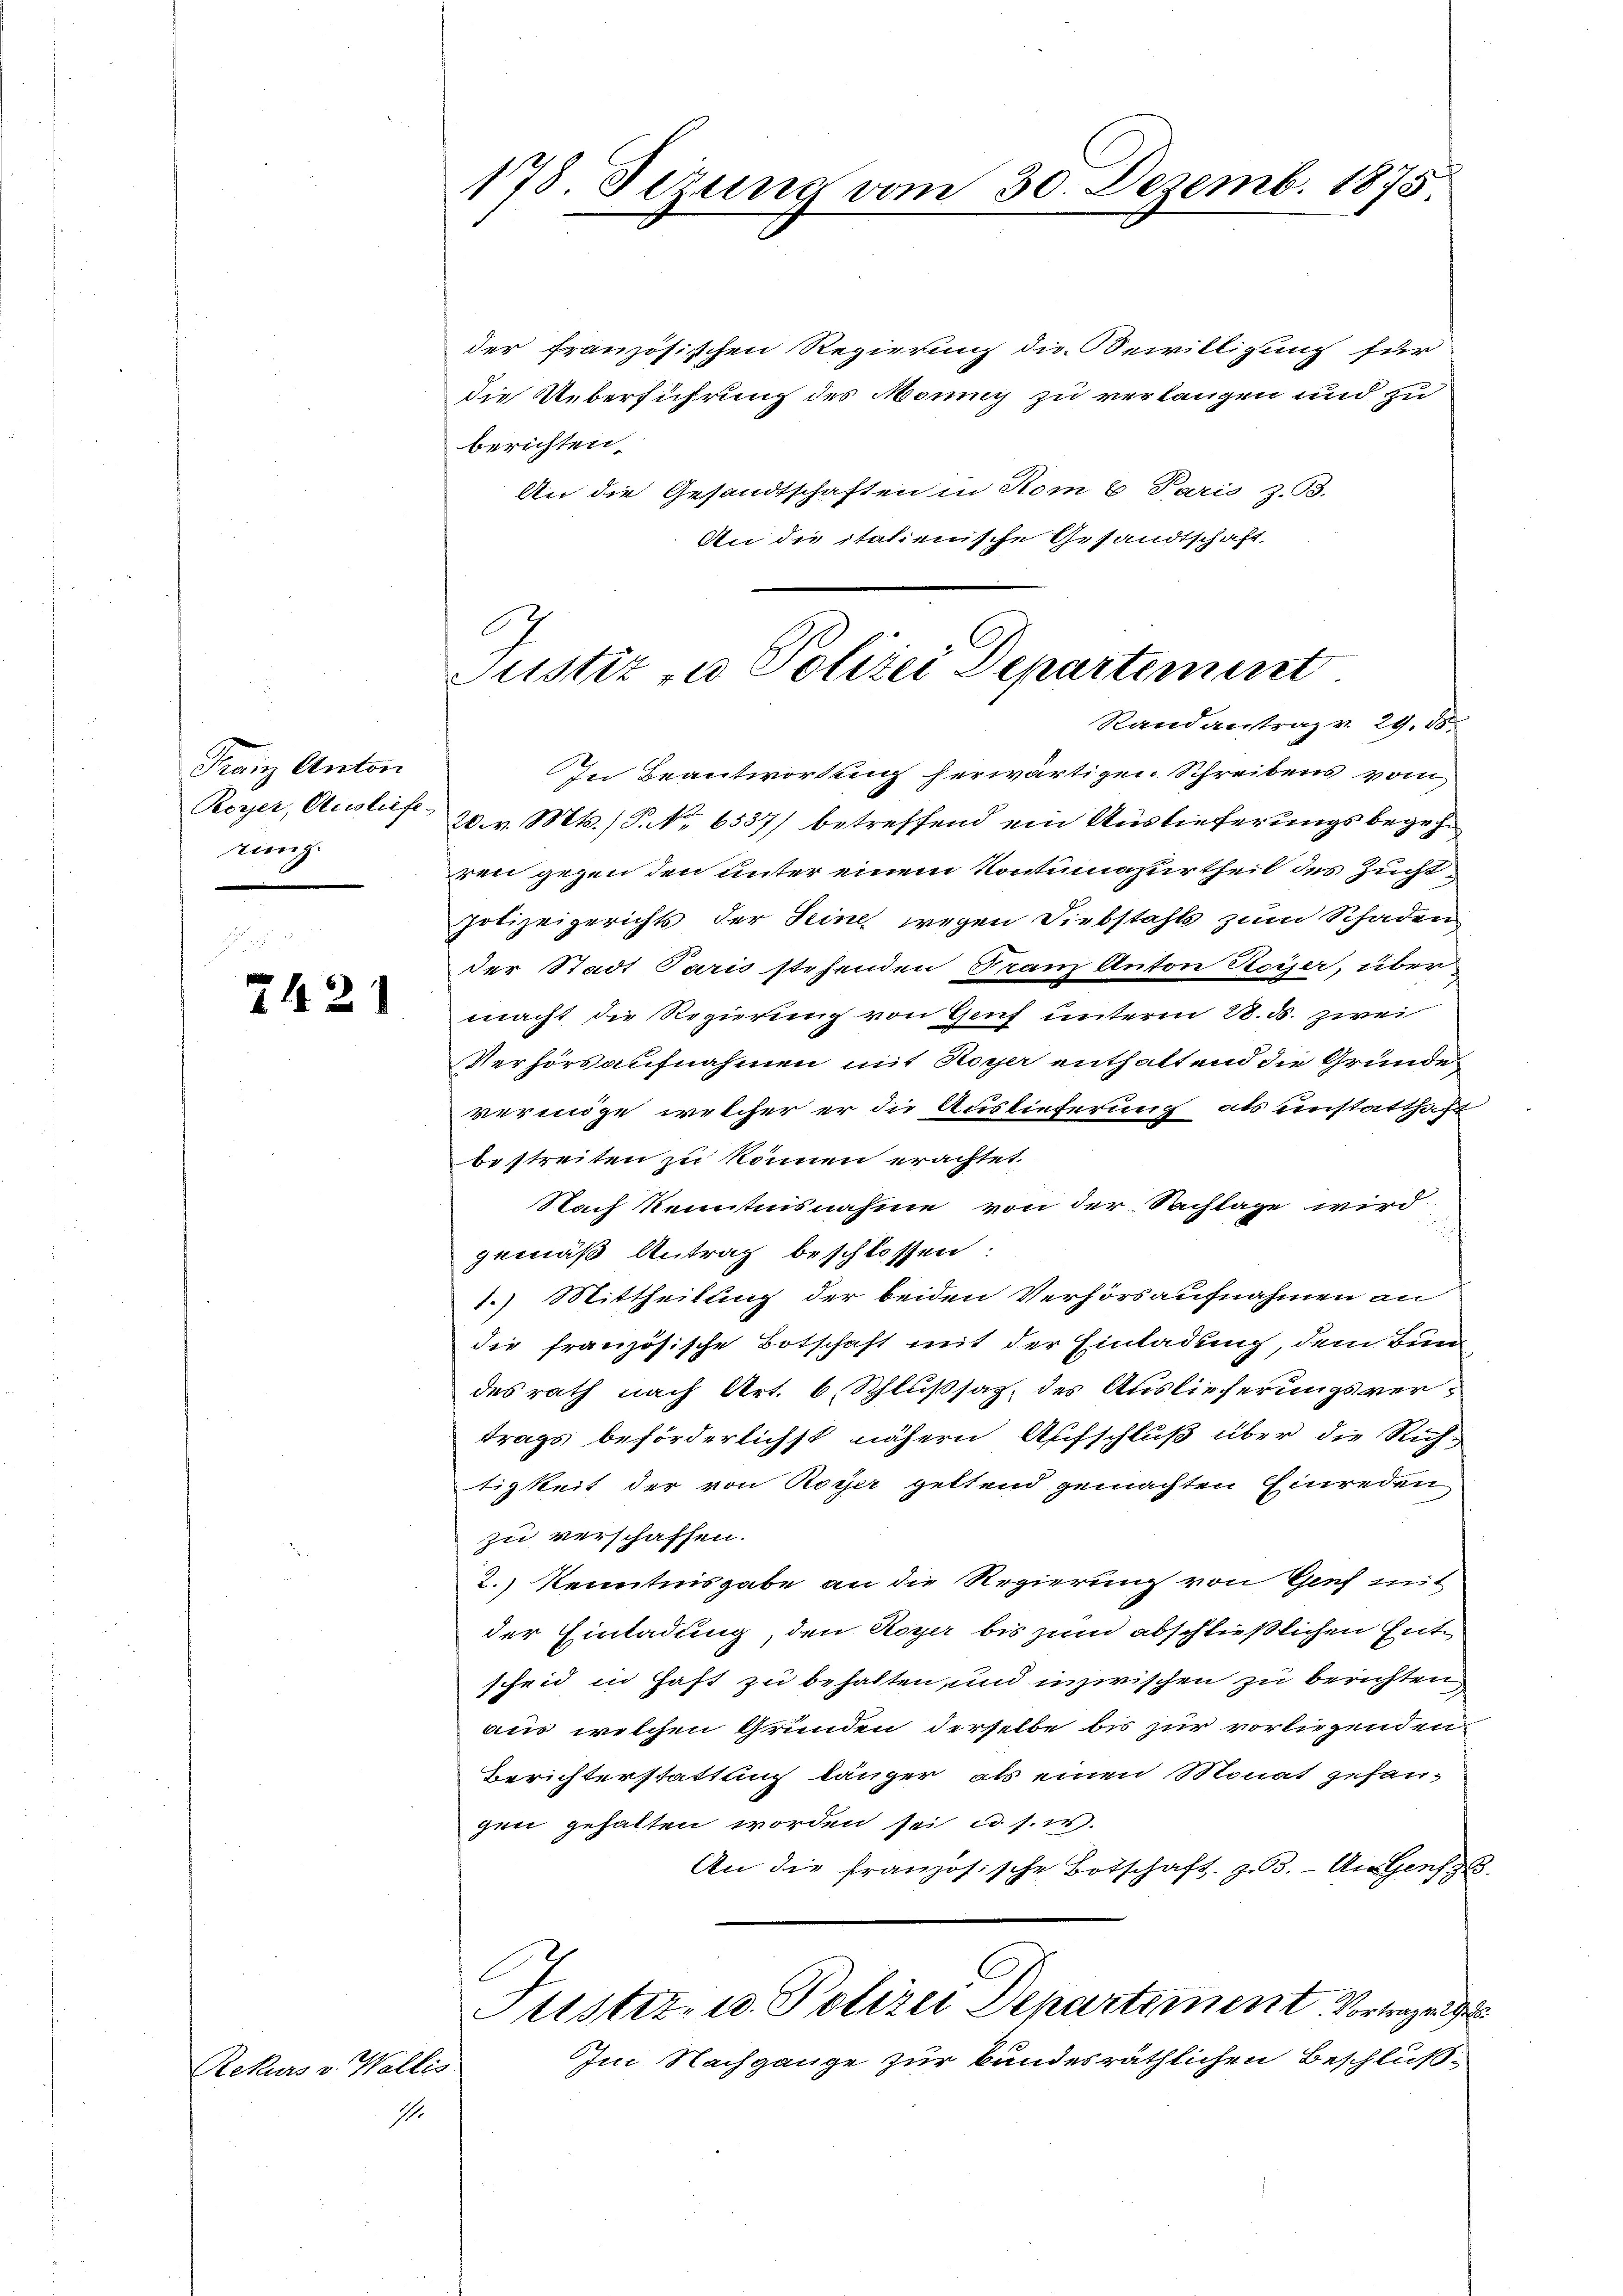
Franz Anton
Royer, Ausliefe
rung

2421

Rekurs v. Wallis.
.

der französischen Regierung die Bewilligung für
die Ueberführung des Monny zu verlangen und zu
berichten.
An die Gesandtschaften in Rom 6. Paris z. B.
An die italienische Gesandtschaft,

178. Sezung vom 30. Dezemb. 1875

Justiz- u. Polizei Departement
Rand antrag v. 29. 18.

In Beantwortung herwärtigen Schreibens vom
20. v. Mts. S. Nr. 6537) betreffend ein Auslieferungsbegehren gegen den unter einem Kontumazurtheil des Zucht
polizeigerichts der Seine wegen Diebstahls zum Schaden
der Stadt Paris stehenden Franz Anton Rosser, über
macht die Regierung von Genf unterm 28. d. zwei
Verhörsaufnahmen mit Hoyer enthaltend die Gründe
veringe welcher er die Auslieferung als einstatthaft
bestreiten zu können erachtet.
Nach Kenntnisnahme von der Nachlage wird
gemäß Antrag beschlossen:
1.) Mittheilung der beiden Verhörsaufnahmen an
die französische Botschaft mit der Einladung, dem Bun
des rath nach Art. 6. Schlußsaz, des Auslieferungsvertrags beförderlichst nähern Aufschluß über die Richtigkeit der von Royer geltend gemachten Einreden
zu verschaffen.
2.) Kenntnisgabe an die Regierung von Genf mit
der Einladung den Royer bis zum abschließlichen Entscheid in Haft zu behalten, und inzwischen zu berichten
aus, welchen Gründen derselbe bis zur vorliegenden
Berichterstattung länger, als einen Monat gefangen gehalten worden sei u. s. w.
An die französische Botschaft zu. — An Genf
Justiz- u. Polizei Departement Vortragen
Im Nachgange zur bundesräthlichen Beschluß-